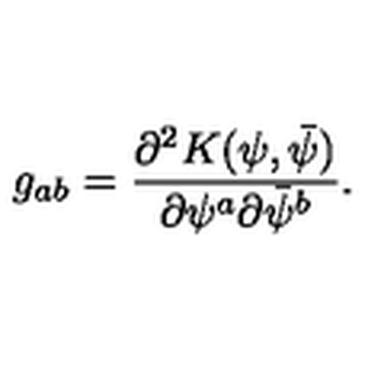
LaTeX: g _ { a b } = { \frac { \partial ^ { 2 } K ( \psi , \bar { \psi } ) } { \partial \psi ^ { a } \partial \bar { \psi } ^ { b } } } .